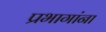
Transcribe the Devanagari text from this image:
प्रभागांना